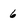
Character: 6